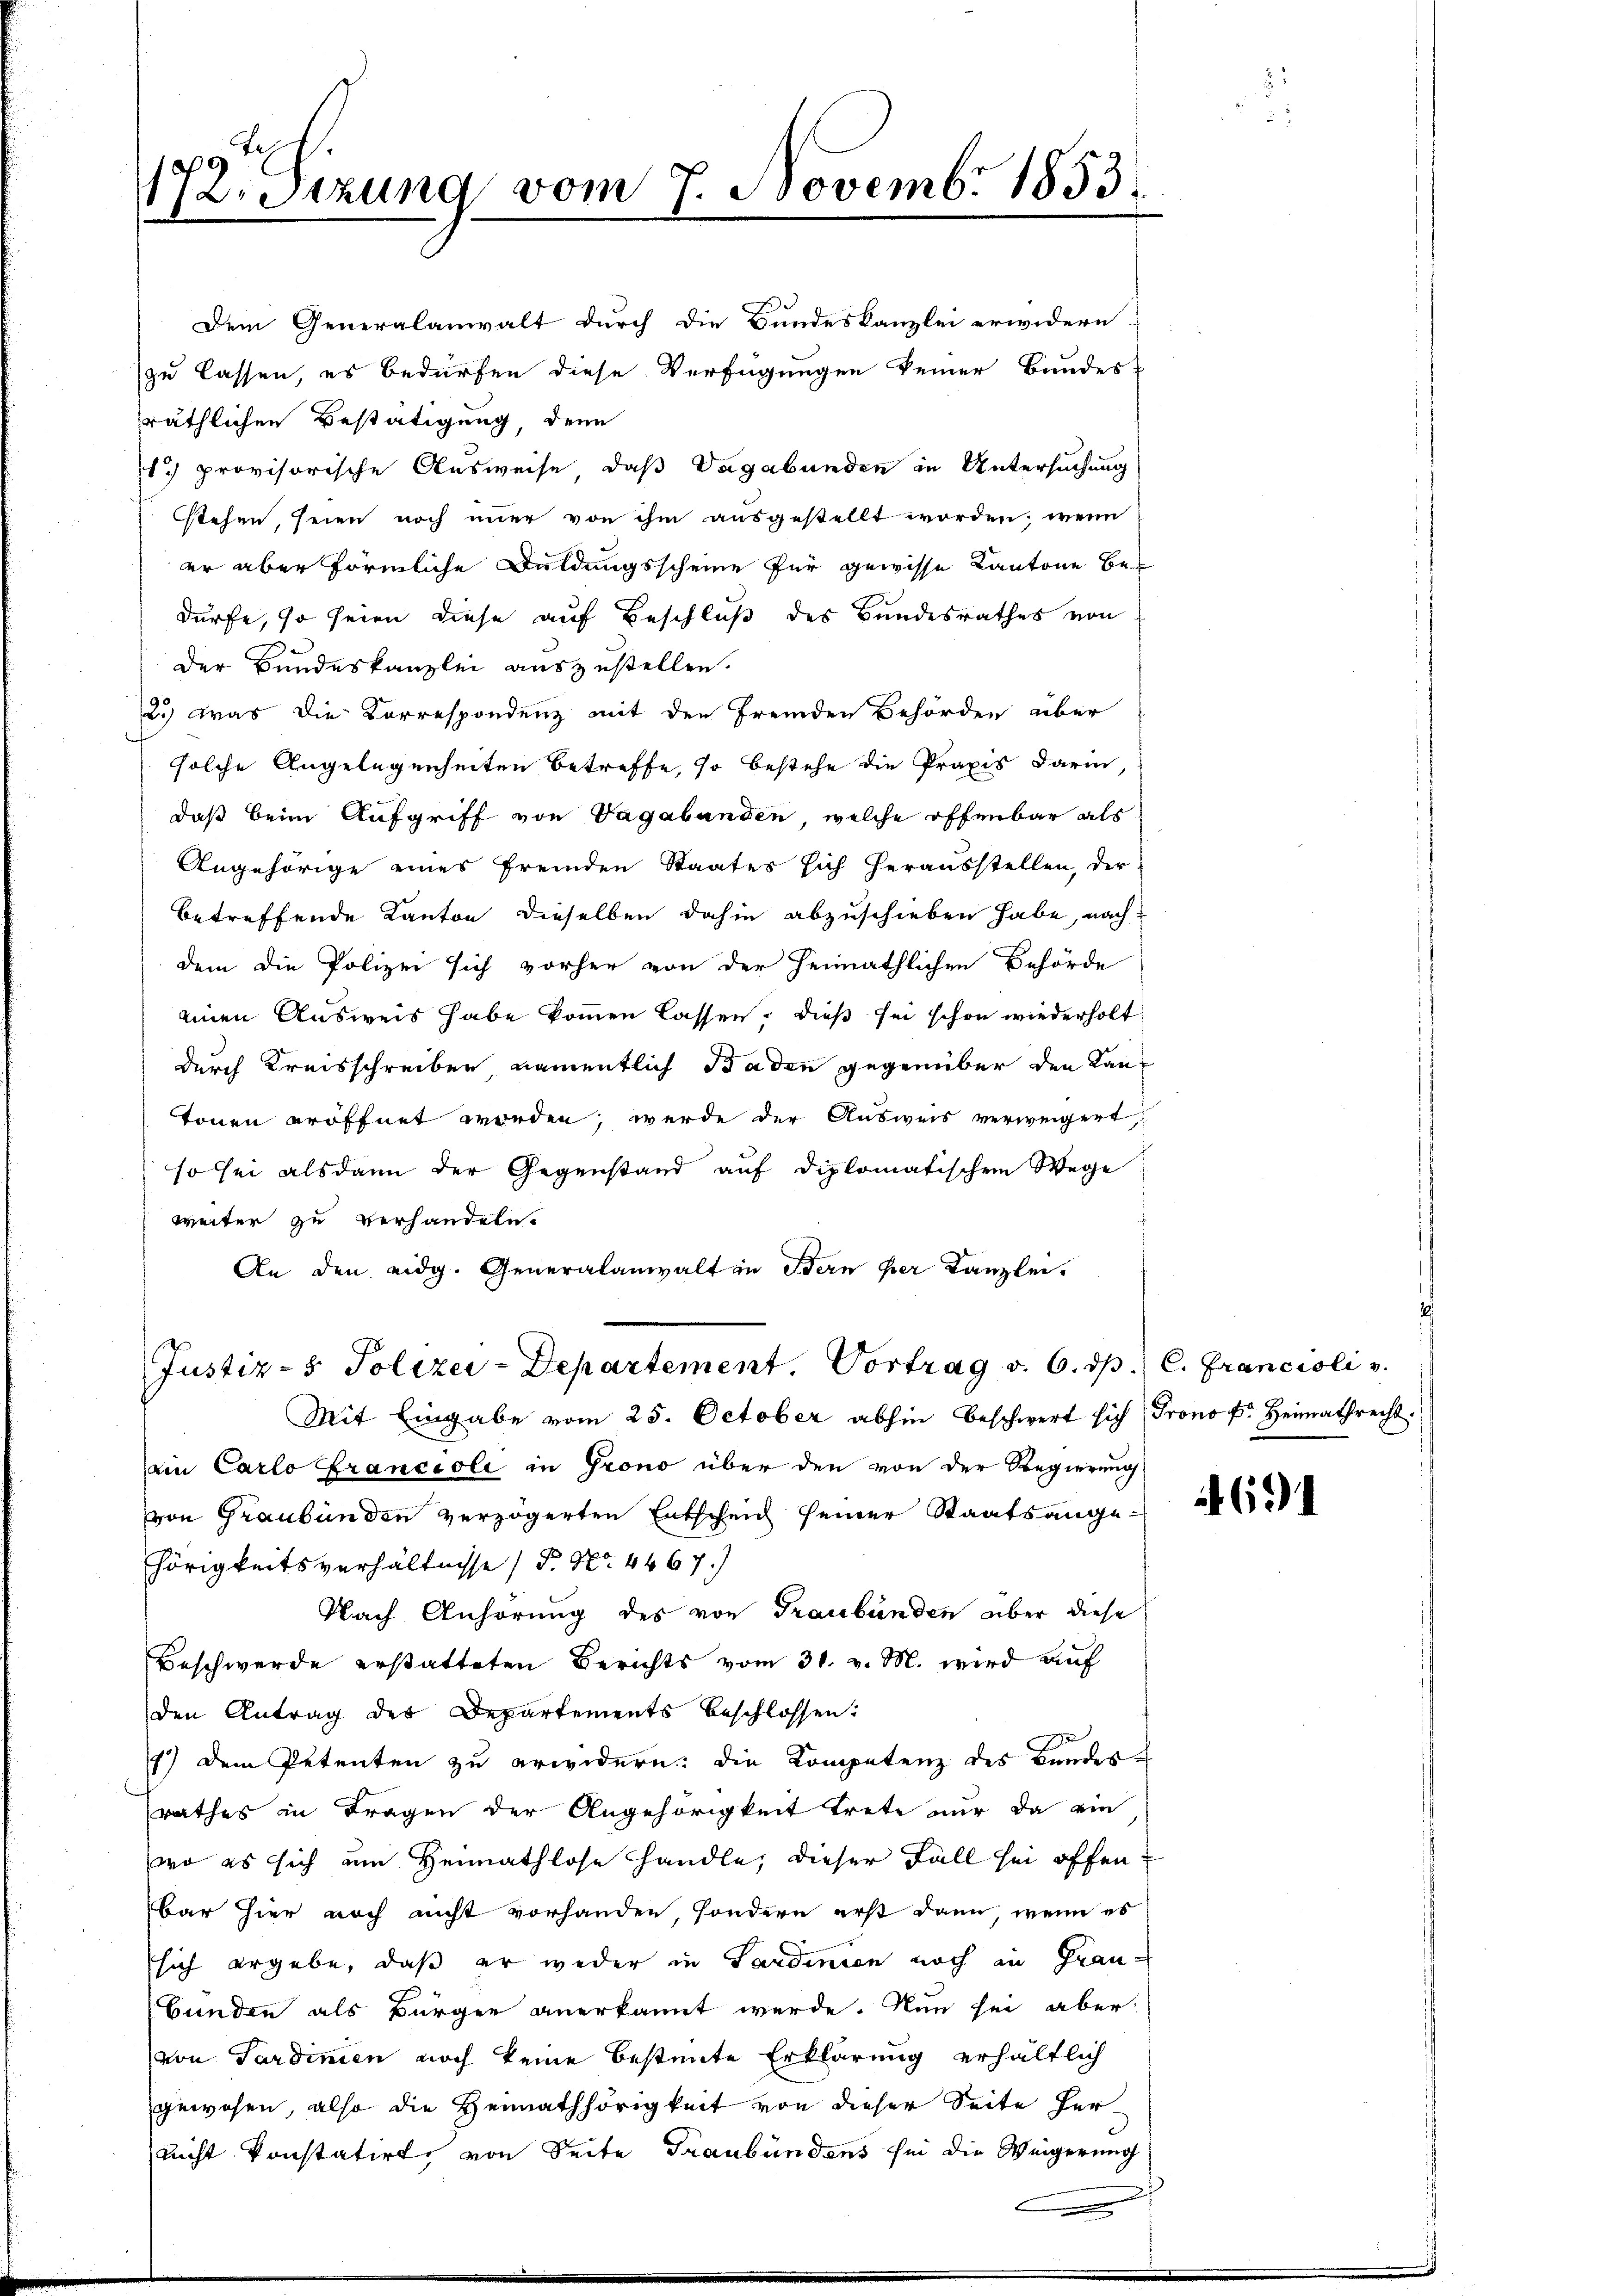
189
12. Sizung vom 7. Novembr 1853.
1

Dem Generalanwalt durch die Bundeskanzlei erwidern
zu lassen, es bedürfen diese Verfügungen keiner Bundes-
räthlichen Bestätigung, denn
1 provisorische Ausweise, daß Vagabunden in Untersuchung
stehen, seien noch imer von ihm ausgestellt worden, wenn
er aber förmliche Duldungsscheine für gewisse Kantone Bedürfe, so seien diese auf Beschluß des Bundesrathes von
Der Bundeskanzlei auszustellen.
2.) Was die Korrespondenz mit den fremden Behörden über
solche Angelegenheiten Betreffe, so bestehe die Praxis darin,
daß beim Aufgriff von Vagabunden, welche offenbar als
Angehörige eines fremden Staates sich herausstellen, der
betreffende Kanton dieselben dahin abzuschieben habe, nach
dem die Polizei sich vorher von der Heimathlichen Behörde
einen Ausweis habe kommen lassen, dieß sei schon wiederholt
durch Kreisschreiben, namentlich Baden gegenüber den Kantonen eröffnet worden, werde der Ausweis verweigert,
so sei alsdann der Gegenstand auf diplomatischen Wege
weiter zu verhandeln.
An den eidg. Generalanwalt in Bern her Kanzlei.

Justiz- & Polizei-Departement. Vortrag v. 6. dp. C. Francioli v.

Mit Eingabe vom 25. October abhin beschwert sich Frono fr. Heimathrecht.
ein Carlo Francioli in Grono über den von der Regierung
von Graubünden verzögerten Entscheid seiner Staatsangehörigkeitsverhältnisse / P. Nr. 4467.
Nach Anhörung des von Graubünden aber diese
Beschwerde erstatteten Berichts vom 30. v. M. wird auf
den Antrag des Departements beschlossen:
e
1) Dem Petenten zu erwidern: die Kompetenz des Bandesrathes in Fragen der Angehörigkeit trete nur da ein
wo es sich um Heimathlose handle, dieser Fall sei offen
bar hier noch nicht vorhanden, sondern erst dann, wenn es
sich ergebe, daß er weder in Sardinien noch in Grau-
Bunden als Bürger anerkannt werde. Nun sei aber
von Sardinien noch keine bestimmte Erklärung erhältlich
gewesen, also die Heimathörigkeit von dieser Seite hernicht konstatirt, von Seite Traubündens sei die Weigerung

s

691